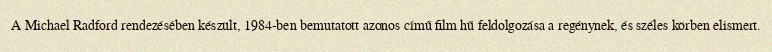
A Michael Radford rendezésében készült, 1984-ben bemutatott azonos című film hű feldolgozása a regénynek, és széles körben elismert.